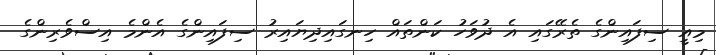
މިއީ ސިފައިންގެ ތެރޭގައި އެ ދުވަހު ކަންތައް ހިނގައިދިޔައިރު ސިފައިންގެ އެންމެ އިސްވެރިންގެ